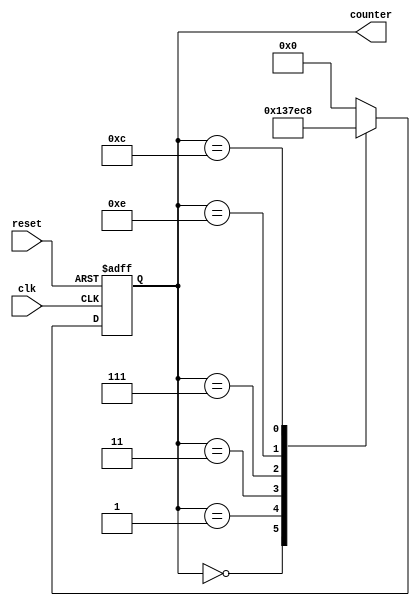
module johnson_counter (
    input wire clk,
    input wire reset,
    output reg [3:0] counter
);

always @ (posedge clk or posedge reset)
begin
    if (reset) begin
        counter <= 4'b0000;
    end else begin
        case (counter)
            4'b0000: counter <= 4'b0001;
            4'b0001: counter <= 4'b0011;
            4'b0011: counter <= 4'b0111;
            4'b0111: counter <= 4'b1110;
            4'b1110: counter <= 4'b1100;
            4'b1100: counter <= 4'b1000;
            4'b1000: counter <= 4'b0000;
            default: counter <= 4'b0000;
        endcase
    end
end

endmodule